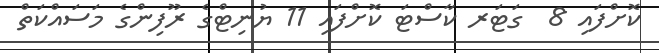
ކޮށްފައި 8  ގަޓަރ ކާސްޓަ ކޮށްފައި 11 ޔުނިޓްގެ ރޫފިންގެ މަސައްކަތް